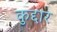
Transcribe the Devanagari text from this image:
कुद्दार